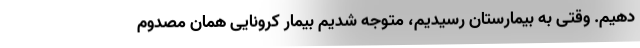
دهیم. وقتی به بیمارستان رسیدیم، متوجه شدیم بیمار کرونایی همان مصدوم